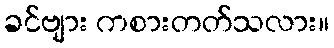
ခင်ဗျား ကစားတတ်သလား။